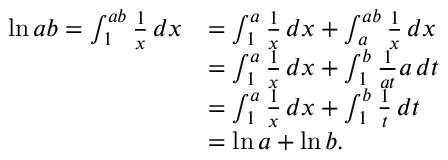
{ \begin{array} { r l } { \ln a b = \int _ { 1 } ^ { a b } { \frac { 1 } { x } } \, d x } & { = \int _ { 1 } ^ { a } { \frac { 1 } { x } } \, d x + \int _ { a } ^ { a b } { \frac { 1 } { x } } \, d x } \\ & { = \int _ { 1 } ^ { a } { \frac { 1 } { x } } \, d x + \int _ { 1 } ^ { b } { \frac { 1 } { a t } } a \, d t } \\ & { = \int _ { 1 } ^ { a } { \frac { 1 } { x } } \, d x + \int _ { 1 } ^ { b } { \frac { 1 } { t } } \, d t } \\ & { = \ln a + \ln b . } \end{array} }